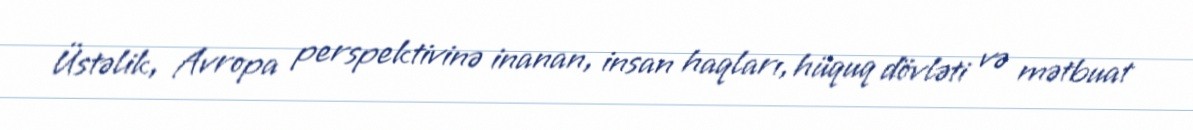
Üstəlik, Avropa perspektivinə inanan, insan haqları, hüquq dövləti və mətbuat